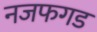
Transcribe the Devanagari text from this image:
नजफगड